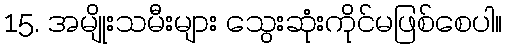
15. အမျိုးသမီးများ သွေးဆုံးကိုင်မဖြစ်စေပါ။